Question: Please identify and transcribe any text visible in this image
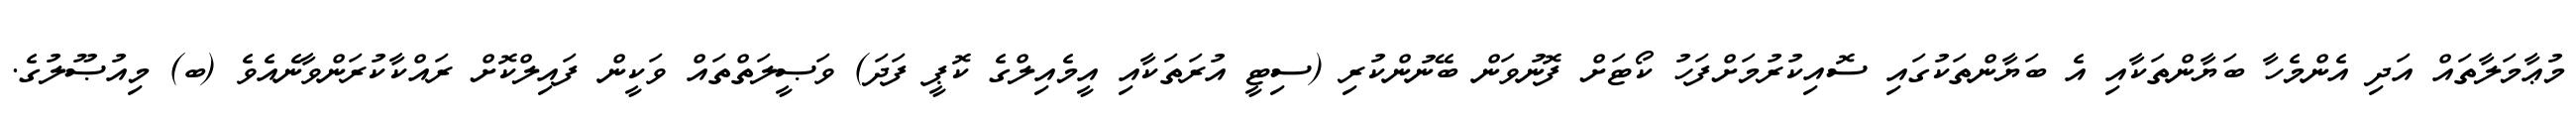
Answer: މުޢާމަލާތައް އަދި އެންމެހާ ބަޔާންތަކާއި އެ ބަޔާންތަކުގައި ސޮއިކުރުމަށްފަހު ކޯޓަށް ފޮނުވަން ބޭނުންކުރި (ސިޓީ އުރަތަކާއި އީމެއިލްގެ ކޮޕީ ފަދަ) ވަޞީލަތްތައް ވަކީން ފައިލްކޮށް ރައްކާކުރަންވާނެއެވެ (ބ) މިއުޞޫލުގެ.